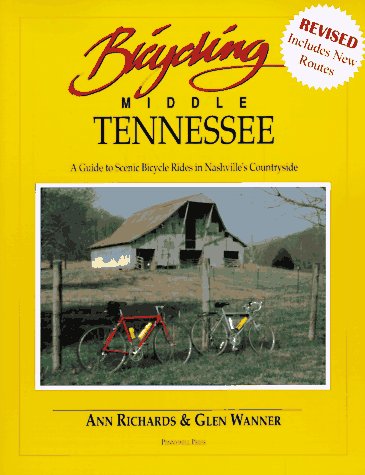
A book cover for Bicycling Middle Tennessee: A Guide to Scenic Bicycle Rides in Nashville's Countryside; Ann Richards; Travel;